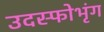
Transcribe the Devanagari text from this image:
उदस्फोभृंग